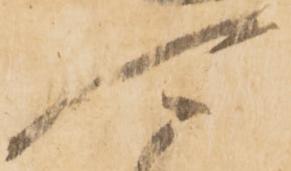
可